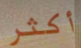
أكثر